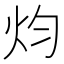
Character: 𤆥